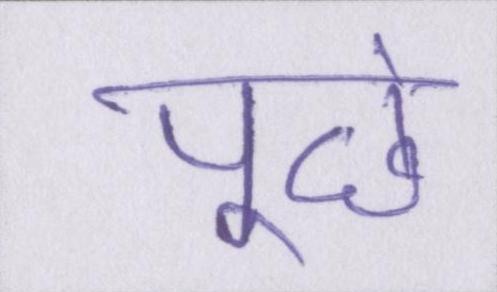
पूछे